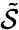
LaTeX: \tilde{\mathcal{S}}